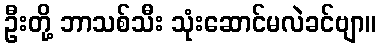
ဦးတို့ ဘာသစ်သီး သုံးဆောင်မလဲခင်ဗျာ။